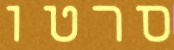
סרטו